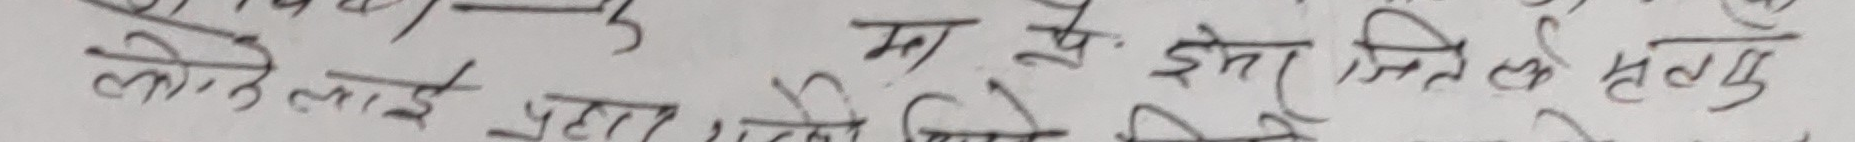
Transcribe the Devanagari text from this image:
मा ई प्रः इस जित्ल हलु